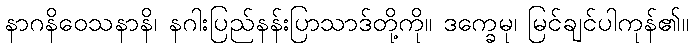
နာဂနိဝေသနာနိ၊ နဂါးပြည်နန်းပြာသာဒ်တို့ကို။ ဒက္ခေမု၊ မြင်ချင်ပါကုန်၏။